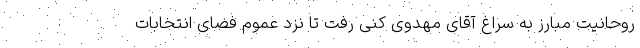
روحانیت مبارز به سراغ آقای مهدوی کنی رفت تا نزد عموم فضای انتخابات